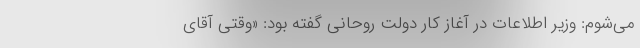
می‌شوم: وزیر اطلاعات در آغاز کار دولت روحانی گفته بود: «وقتی آقای